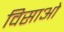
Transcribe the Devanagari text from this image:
विसाओ